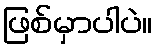
ဖြစ်မှာပါပဲ။